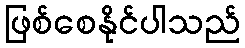
ဖြစ်စေနိုင်ပါသည်